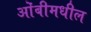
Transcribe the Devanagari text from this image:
ओंबीमधील